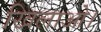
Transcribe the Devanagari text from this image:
खिलाओ।